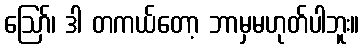
ဪ၊ ဒါ တကယ်တော့ ဘာမှမဟုတ်ပါဘူး။